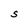
Character: S